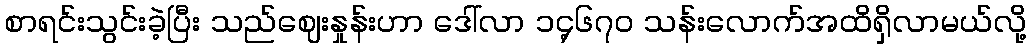
စာရင်းသွင်းခဲ့ပြီး သည်ဈေးနှုန်းဟာ ဒေါ်လာ ၁၄့၆၇၀ သန်းလောက်အထိရှိလာမယ်လို့